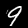
Label: 9